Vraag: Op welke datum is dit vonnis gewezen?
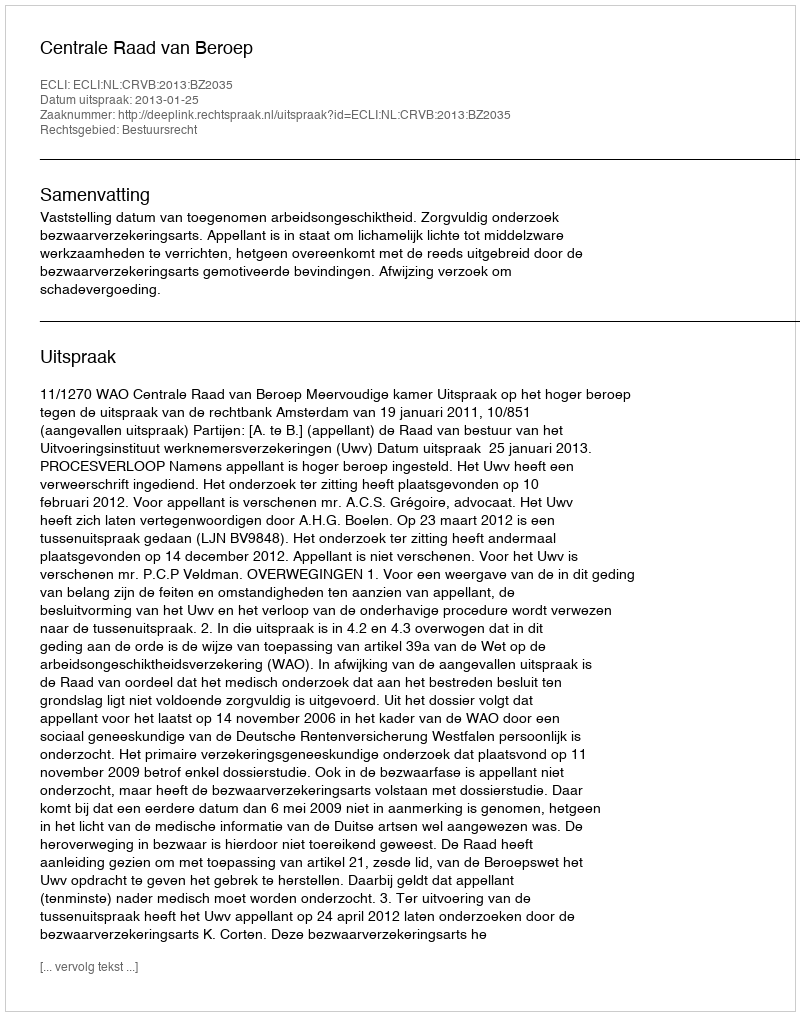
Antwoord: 2013-01-25